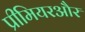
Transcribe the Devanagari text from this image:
प्रीमियरऔर